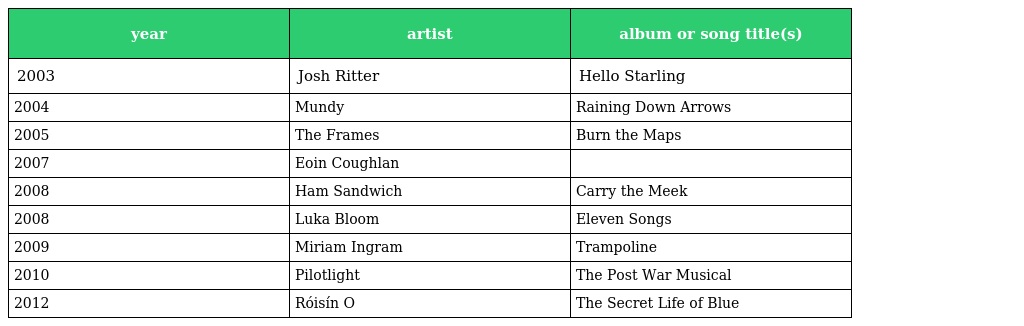
| year | artist | album or song title(s) |
 | --- | --- | --- |
 | 2003 | Josh Ritter | Hello Starling |
 | 2004 | Mundy | Raining Down Arrows |
 | 2005 | The Frames | Burn the Maps |
 | 2007 | Eoin Coughlan |  |
 | 2008 | Ham Sandwich | Carry the Meek |
 | 2008 | Luka Bloom | Eleven Songs |
 | 2009 | Miriam Ingram | Trampoline |
 | 2010 | Pilotlight | The Post War Musical |
 | 2012 | Róisín O | The Secret Life of Blue |